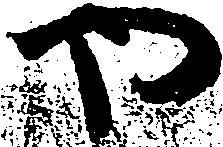
や